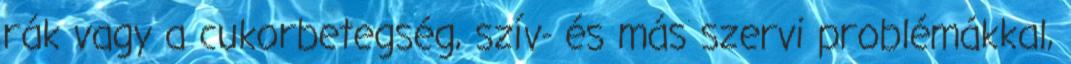
rák vagy a cukorbetegség, szív- és más szervi problémákkal,